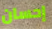
إحسان